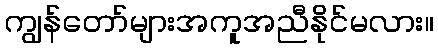
ကျွန်တော်များအကူအညီနိုင်မလား။